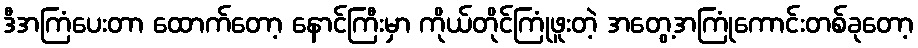
ဒီအကြံပေးတာ ထောက်တော့ နောင်ကြီးမှာ ကိုယ်တိုင်ကြုံဖူးတဲ့ အတွေ့အကြုံကောင်းတစ်ခုတော့